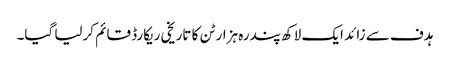
ہدف سے زائد ایک لاکھ پندرہ ہزار ٹن کا تاریخی ریکارڈ قائم کرلیا گیا۔